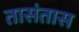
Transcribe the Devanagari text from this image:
तासंतास